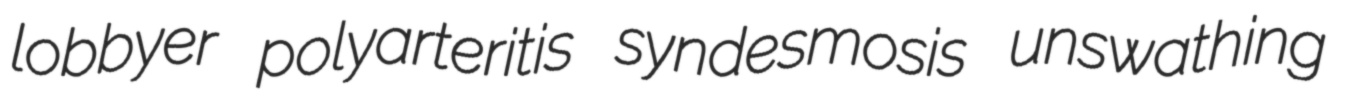
lobbyer polyarteritis syndesmosis unswathing